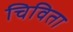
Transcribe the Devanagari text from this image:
चिविता